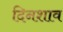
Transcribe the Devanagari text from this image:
दिनशाव